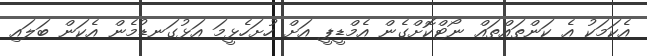
އެކަމަކު އެ ކަންތައްތައް ނޯޓްކޮށްގެން އެމްޑީޕީ އަށް ހުށަހެޅީމަ އަޅުގަނޑުމެން އެކަން ބަލައި